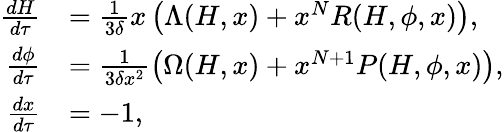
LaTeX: \begin{array}{rl}{\frac{dH}{d\tau}}&{=\frac{1}{3\delta}x\left(\Lambda(H,x)+x^{N}R(H,\phi,x)\right),}\\ {\frac{d\phi}{d\tau}}&{=\frac{1}{3\delta x^{2}}\left(\Omega(H,x)+x^{N+1}P(H,\phi,x)\right),}\\ {\frac{dx}{d\tau}}&{=-1,}\end{array}